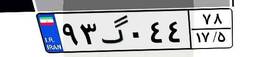
۱۹گ۶۸۰۸۳